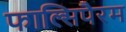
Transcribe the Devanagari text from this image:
फाल्सिपैरम